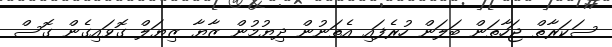
ސަކަރާތް ޖަހާތަން ބަލަން ހުރެފައި އެތަނުން ދިޔުމުން ޒާޔާ ޒިޔަލް ގޮވައިގެން ގޮސް